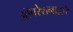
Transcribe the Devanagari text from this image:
ऑपरेशनाद्वारे